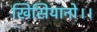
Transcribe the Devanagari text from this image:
खिसियानो।।